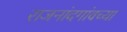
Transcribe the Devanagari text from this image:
राजनांदगांवच्या